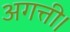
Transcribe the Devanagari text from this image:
अगत्ती।